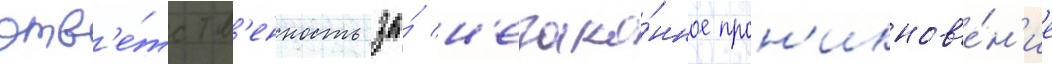
отв'е́тств'енность за́ н'езако́нное прон'икнов'е́н'ие